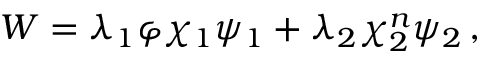
W = \lambda _ { 1 } \varphi \chi _ { 1 } \psi _ { 1 } + \lambda _ { 2 } \chi _ { 2 } ^ { n } \psi _ { 2 } \, ,